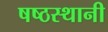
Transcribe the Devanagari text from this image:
षष्ठस्थानी